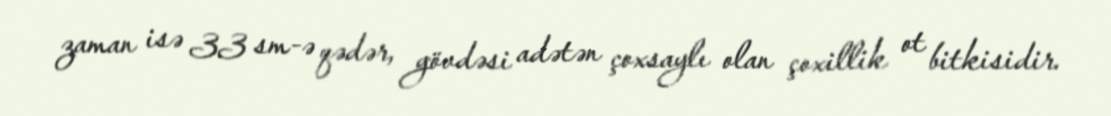
zaman isə 33 sm-ə qədər, gövdəsi adətən çoxsaylı olan çoxillik ot bitkisidir.